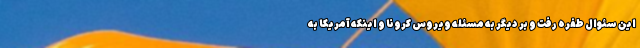
این سئوال طفره رفت و بر دیگر به مسئله ویروس کرونا و اینکه آمریکا به